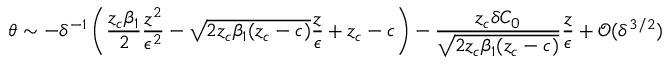
\theta \sim - \delta ^ { - 1 } \left( \frac { z _ { c } \beta _ { 1 } } { 2 } \frac { z ^ { 2 } } { \epsilon ^ { 2 } } - \sqrt { 2 z _ { c } \beta _ { 1 } ( z _ { c } - c ) } \frac { z } { \epsilon } + z _ { c } - c \right) - \frac { z _ { c } \delta C _ { 0 } } { \sqrt { 2 z _ { c } \beta _ { 1 } ( z _ { c } - c ) } } \frac { z } { \epsilon } + \mathcal { O } ( \delta ^ { 3 / 2 } )